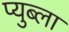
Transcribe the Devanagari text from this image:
प्युब्ला